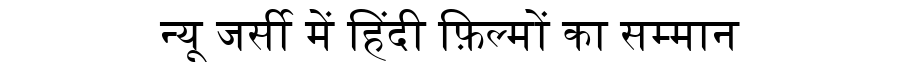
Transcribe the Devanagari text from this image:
न्यू जर्सी में हिंदी फ़िल्मों का सम्मान